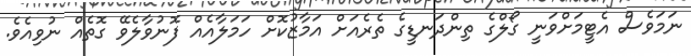
ނަމަވެސް އެޓީމަށްވަނީ ގޯލްގެ ތިންދަނޑީގެ ތެރެއަށް އަމާޒުކޮށް ހަމަލާއެއް ފޮނުވާލެވޭ ގޮތެއް ނުވިއެވެ.